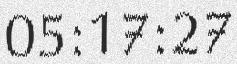
05:17:27